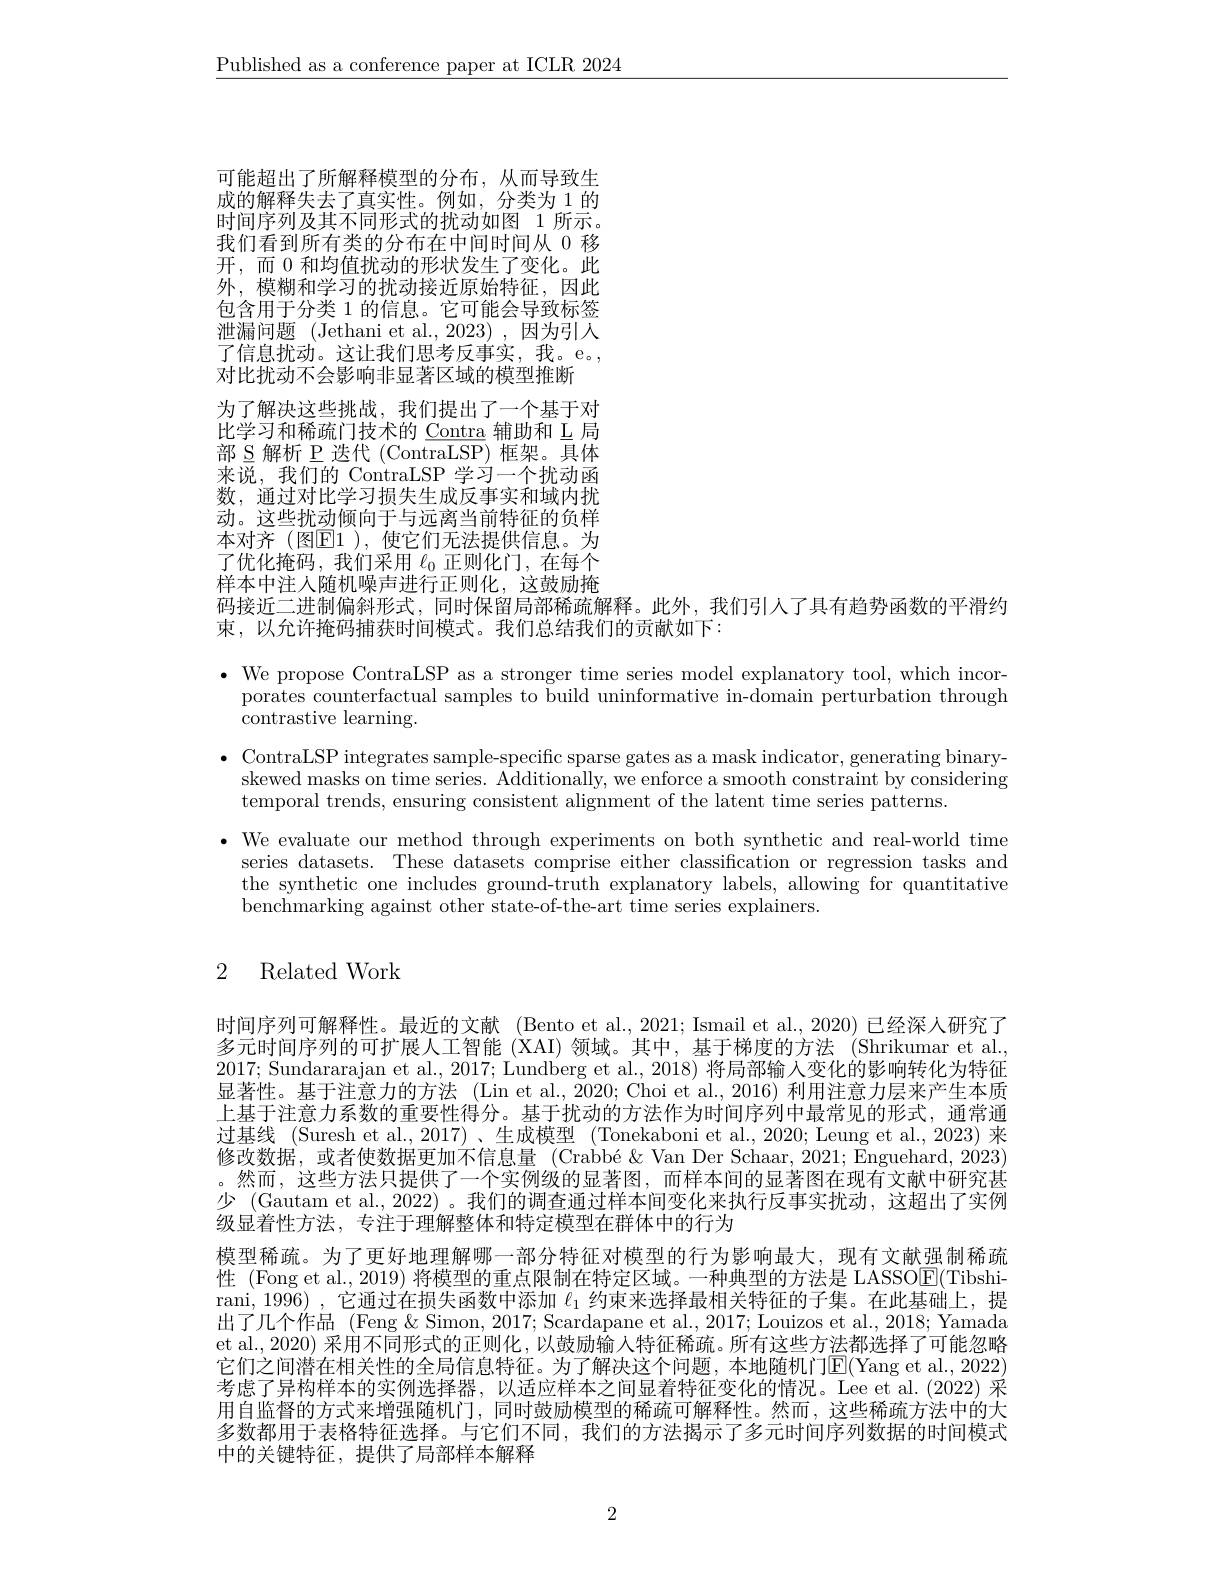
$\underline{\text{Published as a conference paper at ICLR 2024}}$

可能超出了所解释模型的分布，从而导致生成的解释失去了真实性。例如，分类为 1 的时间序列及其不同形式的扰动如图 1 所示。我们看到所有类的分布在中间时间从 0 移开，而 0 和均值扰动的形状发生了变化。此外，模糊和学习的扰动接近原始特征，因此包含用于分类 1 的信息。它可能会导致标签泄漏问题 (Jethani et al.,2023),因为引人了信息扰动。这让我们思考反事实，我。e。对比扰动不会影响非显著区域的模型推断
为了解决这些挑战，我们提出了一个基于对比学习和稀疏门技术的 Contra 辅助和 L 局部 S 解析 P 迭代 (ContraLSP) 框架。具体来说，我们的 ContraLSP 学习一个扰动函数，通过对比学习损失生成反事实和域内扰动。这些扰动倾向于与远离当前特征的负样本对齐(图$\mathbb{E}$1),使它们无法提供信息。为了优化掩码，我们采用$\ell_0$正则化门，在每个样本中注人随机噪声进行正则化，这鼓励掩码接近二进制偏斜形式，同时保留局部稀疏解释。此外，我们引人了具有趋势函数的平滑约
束，以允许掩码捕获时间模式。我们总结我们的贡献如下：

$\bullet$ We propose ContraLSP as a stronger time series model explanatory tool, which incor-
porates counterfactual samples to build uninformative in-domain perturbation through
contrastive learning.
$\bullet$ ContraLSP integrates sample-specific sparse gates as a mask indicator, generating binary-
skewed masks on time series. Additionally, we enforce a smooth constraint by considering
temporal trends, ensuring consistent alignment of the latent time series patterns.
$\bullet$ We evaluate our method through experiments on both synthetic and real-world time
series datasets. These datasets comprise either classification or regression tasks and the synthetic one includes ground-truth explanatory labels, allowing for quantitative benchmarking against other state-of-the-art time series explainers.

# 2 Related Work

时间序列可解释性。最近的文献 (Bento et al.,2021; Ismail et al., 2020) 已经深人研究了多元时间序列的可扩展人工智能 (XAI) 领域。其中，基于梯度的方法 (Shrikumar et al. 2017; Sundararajan et al., 2017; Lundberg et al., 2018) 将局部输入变化的影响转化为特征显著性。基于注意力的方法 (Lin et al.,2020; Choi et al., 2016) 利用注意力层来产生本质上基于注意力系数的重要性得分。基于扰动的方法作为时间序列中最常见的形式，通常通过基线 (Suresh et al.,2017)、生成模型 (Tonekaboni et al.,2020; Leung et al., 2023) 来修改数据，或者使数据更加不信息量 (Crabbé&Van Der Schaar, 2021; Enguehard, 2023) 。然而，这些方法只提供了一个实例级的显著图，而样本间的显著图在现有文献中研究甚少 (Gautam et al., 2022) 。我们的调查通过样本间变化来执行反事实扰动，这超出了实例级显着性方法，专注于理解整体和特定模型在群体中的行为
模型稀疏。为了更好地理解哪一部分特征对模型的行为影响最大，现有文献强制稀疏性 (Fong et al., 2019) 将模型的重点限制在特定区域。一种典型的方法是 LASSO$\overline{\mathrm{E}}($Tibshirani, 1996) , 它通过在损失函数中添加$\ell_{1}$约束来选择最相关特征的子集。在此基础上，提出了几个作品 (Feng $\&$ Simon, 2017; Scardapane et al., 2017; Louizos et al., 2018; Yamada et al., 2020) 采用不同形式的正则化，以鼓励输入特征稀疏。所有这些方法都选择了可能忽略它们之间潜在相关性的全局信息特征。为了解决这个问题，本地随机门E(Yang et al., 2022) 考虑了异构样本的实例选择器，以适应样本之间显着特征变化的情况。Lee et al.(2022) 采用自监督的方式来增强随机门，同时鼓励模型的稀疏可解释性。然而，这些稀疏方法中的大多数都用于表格特征选择。与它们不同，我们的方法揭示了多元时间序列数据的时间模式中的关键特征，提供了局部样本解释

2